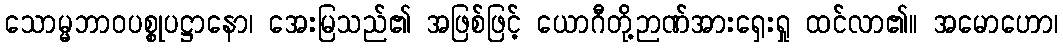
သောမ္မဘာဝပစ္စုပဋ္ဌာနော၊ အေးမြသည်၏ အဖြစ်ဖြင့် ယောဂီတို့ဉာဏ်အားရှေးရှု ထင်လာ၏။ အမောဟော၊